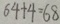
6 4 + 4 = 6 8